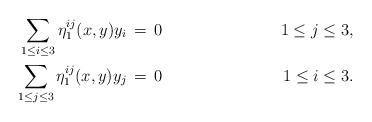
LaTeX: \begin{align*}\sum_{1\leq i \leq 3} \eta_1^{ij}(x,y)y_i \,&=\, 0\quad&1\leq j\leq 3, \\\sum_{1\leq j \leq 3} \eta_1^{ij}(x,y)y_j \,&=\, 0\quad&1\leq i\leq 3. \end{align*}